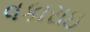
વકારાઇ